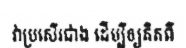
វាប្រសើរជាង ដើម្បីឲ្យគិតពី